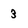
Character: 3